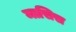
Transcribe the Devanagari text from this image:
मासिस